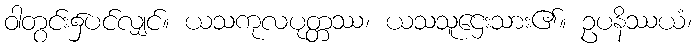
ဝါတွင်း၌ပင်လျှင်။ ယသကုလပုတ္တဿ၊ ယသသူဌေးသား၏။ ဥပနိဿယံ၊